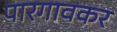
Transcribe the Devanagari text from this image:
पारगावकर